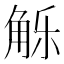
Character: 𰴢